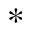
*